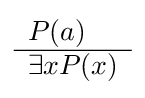
{\begin{array}{l}P(a)\\\hline \exists xP(x)\end{array}}